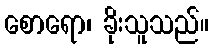
စောရော၊ ခိုးသူသည်။